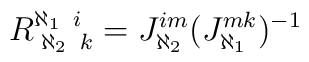
R_{\;\aleph_2 \; \;k}^{\aleph_1 \;\; i} = J_{\aleph_2}^{im}   (J^{mk}_{\aleph_1})^{-1}